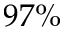
9 7 \%